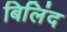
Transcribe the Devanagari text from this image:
बिलिंद